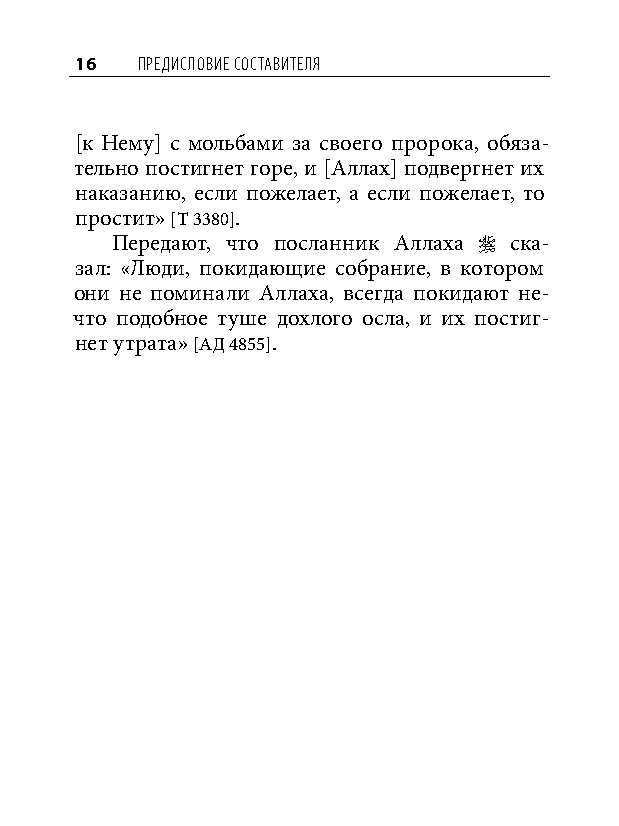
16  Предисловие составителя
 [к Нему] с мольбами за своего пророка, обяза-
 тельно постигнет горе, и [Аллах] подвергнет их
 наказанию, если пожелает, а если пожелает, то
 простит» [Т 3380].
 Передают, что посланник Аллаха  ска-
 зал: «Люди, покидающие собрание, в котором
 они не поминали Аллаха, всегда покидают не-
 что подобное туше дохлого осла, и их постиг-
 нет утрата» [АД 4855].